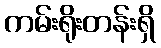
ကမ်းရိုးတန်းရှိ